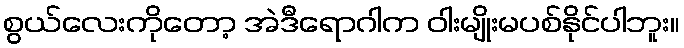
စွယ်လေးကိုတော့ အဲဒီရောဂါက ဝါးမျိုးမပစ်နိုင်ပါဘူး။